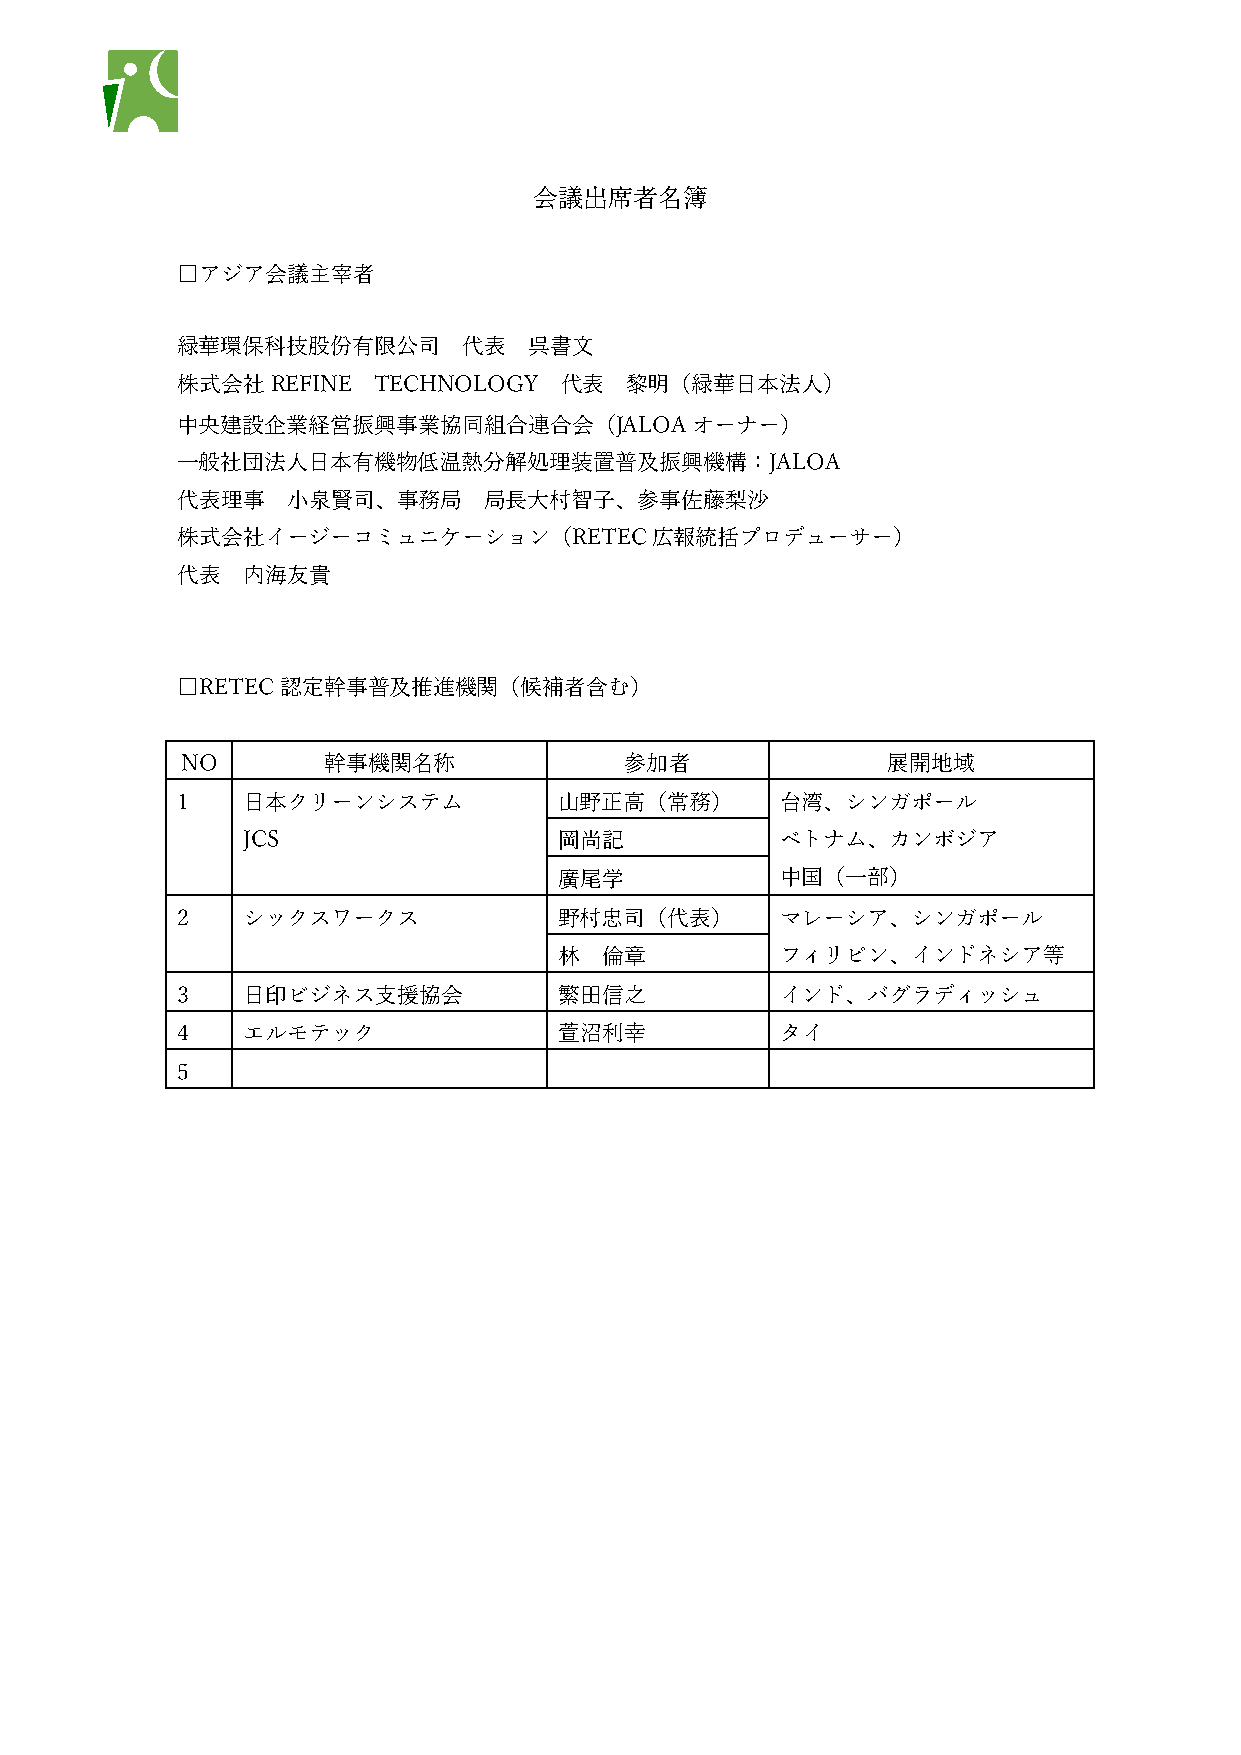
会議出席者名簿
 □アジア会議主宰者
 緑華環保科技股份有限公司       代表  呉書文
 株式会社REFINE   TECHNOLOGY  代表  黎明（緑華日本法人）
 中央建設企業経営振興事業協同組合連合会（JALOAオーナー）
 一般社団法人日本有機物低温熱分解処理装置普及振興機構：JALOA
 代表理事   小泉賢司、事務局     局長大村智子、参事佐藤梨沙
 株式会社イージーコミュニケーション（RETEC広報統括プロデューサー）
 代表  内海友貴
 □RETEC認定幹事普及推進機関（候補者含む）
 NO       幹事機関名称              参加者               展開地域
 1   日本クリーンシステム           山野正高（常務）       台湾、シンガポール
 JCS                  岡尚記            ベトナム、カンボジア
 廣尾学            中国（一部）
 2   シックスワークス             野村忠司（代表）       マレーシア、シンガポール
 林  倫章          フィリピン、インドネシア等
 3   日印ビジネス支援協会           繁田信之           インド、バグラディッシュ
 4   エルモテック               萱沼利幸           タイ
 5